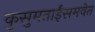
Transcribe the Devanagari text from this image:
कुसुमताईंसमवेत